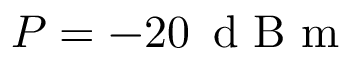
P = - 2 0 { \ensuremath { \, \mathrm { ~ d ~ B ~ m ~ } } }